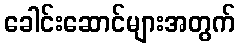
ခေါင်းဆောင်များအတွက်